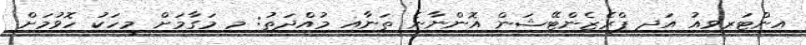
އިންޓަރވިއު އަދި ޕްރެޒެންޓޭޝަން އޮންނާނެ ތަނާއި މުއްދަތު: މި މަގާމަށް މީހަކު ހޮވުމަށް